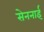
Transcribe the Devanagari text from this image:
सेननाई